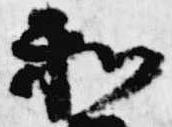
和